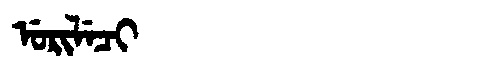
Manchu: ᡠᡵᡳᠯᡝᠴᡳ
Romanization: URILECI